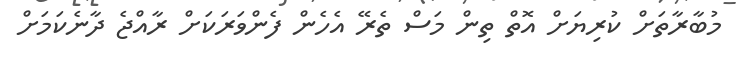
މުބާރާތަށް ކުރިޔަށް އޮތް ތިން މަސް ތެރޭ އެހެން ފެންވަރަކަށް ރާއްޖެ ދާނެކަމަށް